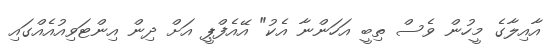
އާއިލާގެ މީހުން ވެސް ތިބީ އަހަންނާ އެކު" އޭއެފްޕީ އަށް ދިން އިންޓަވިއުއެއްގައި